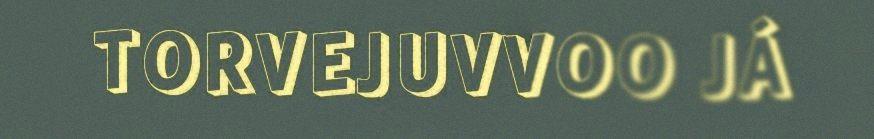
TORVEJUVVOO JÁ